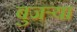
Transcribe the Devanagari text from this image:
बुजऱ्या